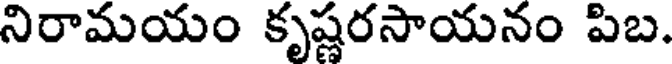
నిరామయం కృష్ణరసాయనం పిబ.